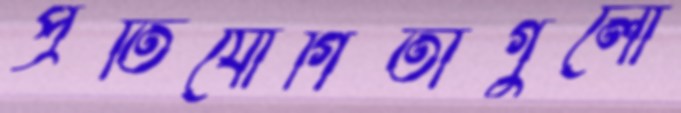
প্রতিযোগিতাগুলো